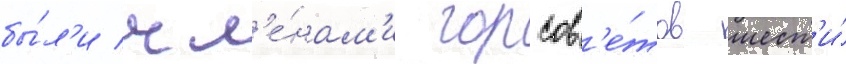
бы́л'и чл'е́нам'и горсов'е́тов шест'и́